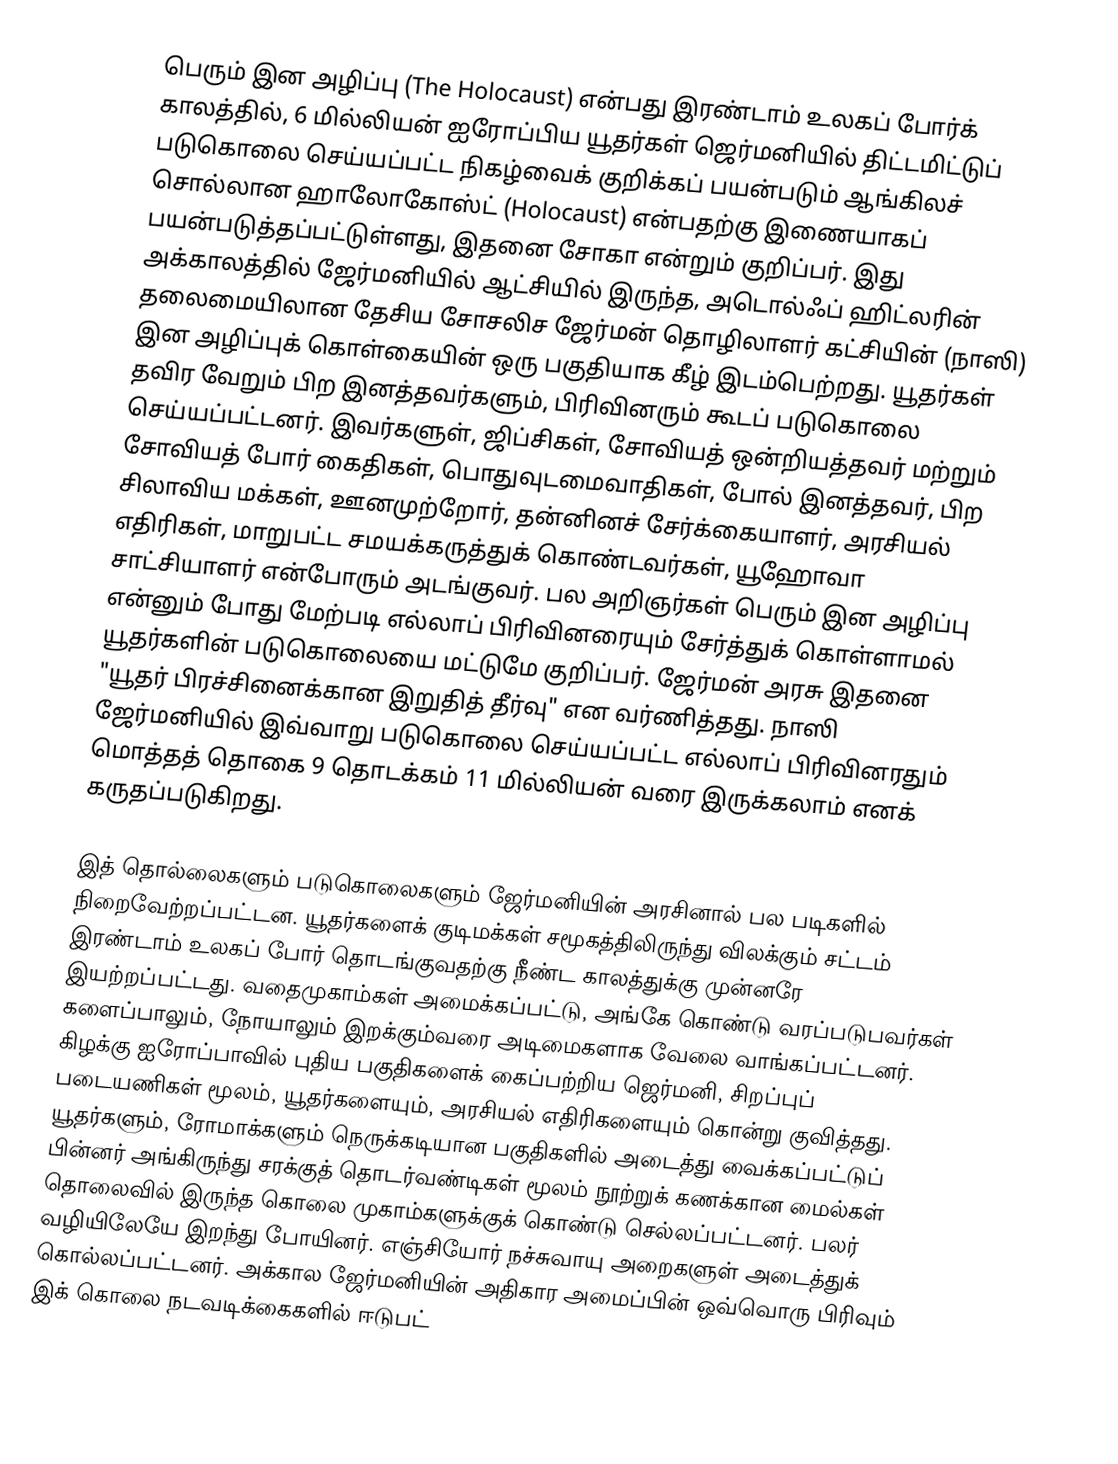
பெரும் இன அழிப்பு (The Holocaust) என்பது இரண்டாம் உலகப் போர்க் காலத்தில், 6 மில்லியன் ஐரோப்பிய யூதர்கள் ஜெர்மனியில் திட்டமிட்டுப் படுகொலை செய்யப்பட்ட நிகழ்வைக் குறிக்கப் பயன்படும் ஆங்கிலச் சொல்லான ஹாலோகோஸ்ட் (Holocaust) என்பதற்கு இணையாகப் பயன்படுத்தப்பட்டுள்ளது, இதனை சோகா என்றும் குறிப்பர். இது அக்காலத்தில் ஜேர்மனியில் ஆட்சியில் இருந்த, அடொல்ஃப் ஹிட்லரின் தலைமையிலான தேசிய சோசலிச ஜேர்மன் தொழிலாளர் கட்சியின் (நாஸி) இன அழிப்புக் கொள்கையின் ஒரு பகுதியாக கீழ் இடம்பெற்றது. யூதர்கள் தவிர வேறும் பிற இனத்தவர்களும், பிரிவினரும் கூடப் படுகொலை செய்யப்பட்டனர். இவர்களுள், ஜிப்சிகள், சோவியத் ஒன்றியத்தவர் மற்றும் சோவியத் போர் கைதிகள், பொதுவுடமைவாதிகள், போல் இனத்தவர், பிற சிலாவிய மக்கள், ஊனமுற்றோர், தன்னினச் சேர்க்கையாளர், அரசியல் எதிரிகள், மாறுபட்ட சமயக்கருத்துக் கொண்டவர்கள், யூஹோவா சாட்சியாளர் என்போரும் அடங்குவர். பல அறிஞர்கள் பெரும் இன அழிப்பு என்னும் போது மேற்படி எல்லாப் பிரிவினரையும் சேர்த்துக் கொள்ளாமல் யூதர்களின் படுகொலையை மட்டுமே குறிப்பர். ஜேர்மன் அரசு இதனை "யூதர் பிரச்சினைக்கான இறுதித் தீர்வு" என வர்ணித்தது. நாஸி ஜேர்மனியில் இவ்வாறு படுகொலை செய்யப்பட்ட எல்லாப் பிரிவினரதும் மொத்தத் தொகை 9 தொடக்கம் 11 மில்லியன் வரை இருக்கலாம் எனக் கருதப்படுகிறது.

இத் தொல்லைகளும் படுகொலைகளும் ஜேர்மனியின் அரசினால் பல படிகளில் நிறைவேற்றப்பட்டன. யூதர்களைக் குடிமக்கள் சமூகத்திலிருந்து விலக்கும் சட்டம் இரண்டாம் உலகப் போர் தொடங்குவதற்கு நீண்ட காலத்துக்கு முன்னரே இயற்றப்பட்டது. வதைமுகாம்கள் அமைக்கப்பட்டு, அங்கே கொண்டு வரப்படுபவர்கள் களைப்பாலும், நோயாலும் இறக்கும்வரை அடிமைகளாக வேலை வாங்கப்பட்டனர். கிழக்கு ஐரோப்பாவில் புதிய பகுதிகளைக் கைப்பற்றிய ஜெர்மனி, சிறப்புப் படையணிகள் மூலம், யூதர்களையும், அரசியல் எதிரிகளையும் கொன்று குவித்தது. யூதர்களும், ரோமாக்களும் நெருக்கடியான பகுதிகளில் அடைத்து வைக்கப்பட்டுப் பின்னர் அங்கிருந்து சரக்குத் தொடர்வண்டிகள் மூலம் நூற்றுக் கணக்கான மைல்கள் தொலைவில் இருந்த கொலை முகாம்களுக்குக் கொண்டு செல்லப்பட்டனர். பலர் வழியிலேயே இறந்து போயினர். எஞ்சியோர் நச்சுவாயு அறைகளுள் அடைத்துக் கொல்லப்பட்டனர். அக்கால ஜேர்மனியின் அதிகார அமைப்பின் ஒவ்வொரு பிரிவும் இக் கொலை நடவடிக்கைகளில் ஈடுபட்